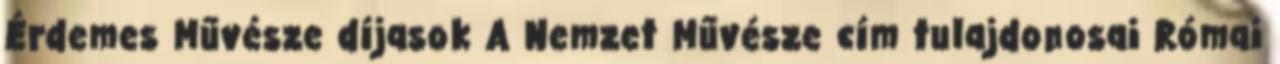
Érdemes Művésze díjasok A Nemzet Művésze cím tulajdonosai Római